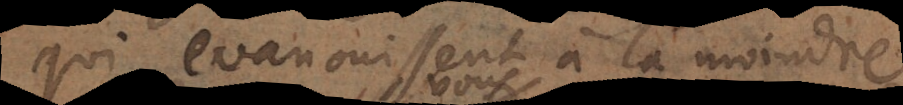
qui s’evanouissent à la moindre